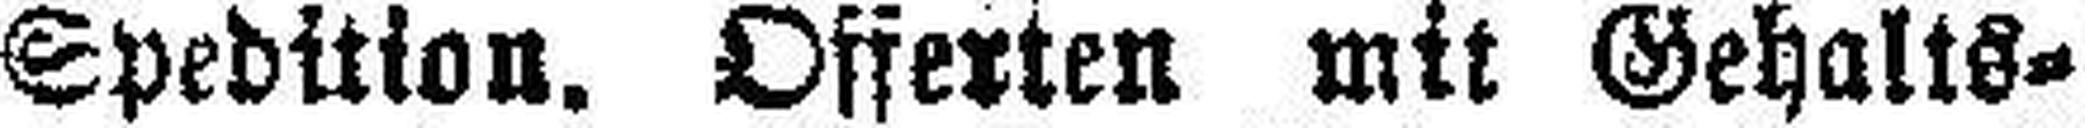
Spedition. Offerten mit Gehalts¬